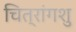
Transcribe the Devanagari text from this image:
चित्रांगशु